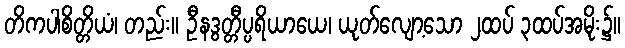
တိကပါစိတ္တိယံ၊ တည်း။ ဦနဒွတ္တီပ္ပရိယာယေ၊ ယုတ်လျော့သော ၂ထပ် ၃ထပ်အမိုး၌။